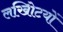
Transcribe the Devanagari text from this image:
लखोिटयों